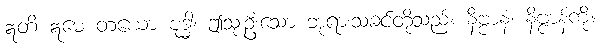
ဣတိ ဣမေ တယော ဗုဒ္ဓါ၊ ဤသုံးဦးသော ဘုရားသခင်တို့သည်။ နိဗ္ဗာနံ၊ နိဗ္ဗာန်ကို။